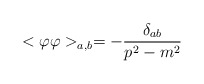
\begin{align*}<\varphi \varphi >_{a,b}=-\frac{\delta _{ab}}{p^2-m^2} \end{align*}